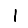
Digit: 1